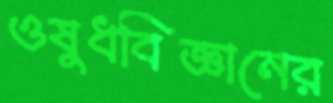
ওষুধবিজ্ঞানের